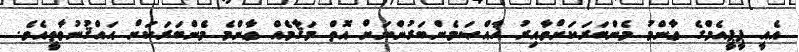
އެއީ ޕީޕީއެމްގެ ޢާންމު މެންބަރަކަށްވާއިރު ޚާއްޞަމެންބަރުންނަށް އޮތް މަޤާމެއް ޢާންމެ މެންބަރަކަށް ޙައްޤުނުވާތީއެވެ.